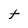
Character: t